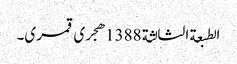
الطبعة الثالثة 1388هجری قمری۔